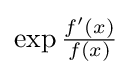
{\textstyle \exp {\frac {f'(x)}{f(x)}}}